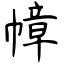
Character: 幛